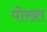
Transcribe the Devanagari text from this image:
पोख्त